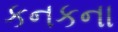
કનકના